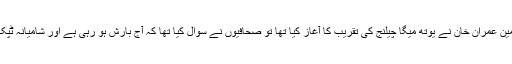
بتایا گیا ہے کہ گزشتہ روز جب تحریک انصاف کے چیئرمین عمران خان نے یوتھ میگا چیلنج کی تقریب کا آغاز کیا تھا تو صحافیوں نے سوال کیا تھا کہ آج بارش ہو رہی ہے اور شامیانہ ٹپک رہا ہے اگر کل بھی یہی صورت حال رہی تو کیا بنے گا۔